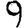
Digit: 9